Annual vaccination report of Bihar and Orissa - 1911-1928
Year: 1911
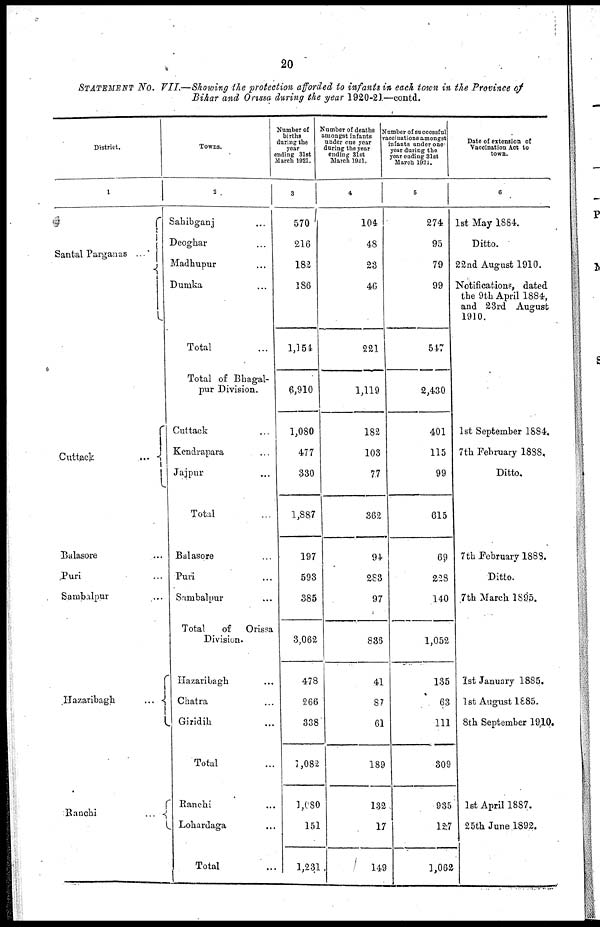
20
STATEMENT No. VII.—Showing the protection afforded to infants in each town in the Province of
Bihar and Orissa during the year 1920-21—contd.
District.
1
Santal Parganas ... ...
Cuttack
...
...
Balasore... ...
Puri... ...
Sambalpur...
Hazaribagh
...
Ranchi...
...
Towns.
2
Sahibganj... ...
Deoghar... ...
Madhupur... ...
Dumka... ...
Total...
Total of Bhagal-
pur Division.
Cuttack... ...
Kendrapara... ...
Jajpur... ...
Total...
Balasore... ...
Puri... ...
Sambalpur... ...
Total
of
Orissa
Division.
Hazaribagh... ...
Chatra... ...
Giridih... ...
Total...
Ranchi... ...
Lohardaga... ...
Total...
Number of
births
during the
year
ending 31st
March 1921.
3
570
216
182
186
1,154
6,910
1,080
477
330
1,887
197
593
385
3,062
478
266
338
1,082
1,080
151
1,231
Number of deaths
amongst infants
under one year
during the year
ending 31st
March 1921.
4
104
48
23
46
221
1,119
182
103
77
362
94
283
97
836
41
87
61
189
132
17
149
Number of successful
vaccinations amongst
infants under one
year during the
year ending 31st
March 1931.
5
274
95
79
99
547
2,430
401
115
99
615
69
228
140
1,052
135
63
111
309
935
127
1,062
Date of extension of
Vaccination Act to
town.
6
1st May 1884.
Ditto.
22nd August 1910.
Notifications, dated
the 9th April 1884,
and 23rd August
1910.
1st September 1884.
7th February 1888.
Ditto.
7th February 1888.
Ditto.
7th March 1895.
1st January 1885.
1st August 1885.
8th September 1910.
1st April 1887.
25th June 1892.